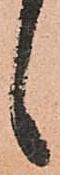
候